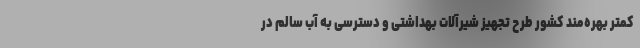
کمتر بهره‌مند کشور طرح تجهیز شیرآلات بهداشتی و دسترسی به آب سالم در